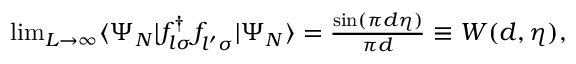
\begin{array} { r } { \operatorname* { l i m } _ { L \rightarrow \infty } \langle \Psi _ { N } | f _ { l \sigma } ^ { \dagger } f _ { l ^ { \prime } \sigma } ^ { \phantom { \dagger } } | \Psi _ { N } \rangle = \frac { \sin ( \pi d \eta ) } { \pi d } \equiv W ( d , \eta ) , } \end{array}